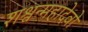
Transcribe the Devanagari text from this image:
शश्वन्महादेवो